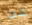
شئ